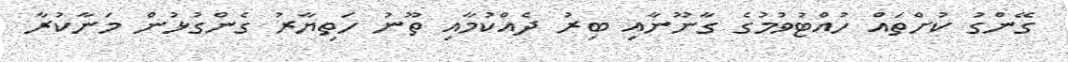
ގޭންގު ކުށްތައް ހުއްޓުވުމުގެ ގާނޫނާއި ބިރު ދެއްކުމާއި ތޫނު ހަތިޔާރު ގެންގުޅުން މަނާކުރާ